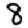
Digit: 8